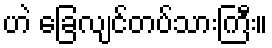
ဟဲ ခြေလျင်တပ်သားကြီး။